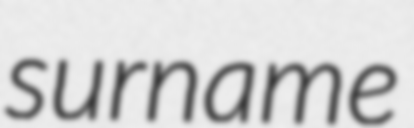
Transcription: surname